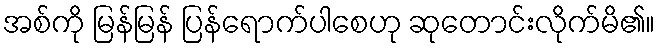
အစ်ကို မြန်မြန် ပြန်ရောက်ပါစေဟု ဆုတောင်းလိုက်မိ၏။